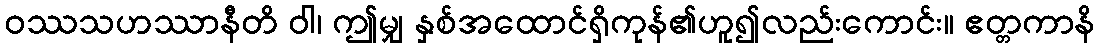
ဝဿသဟဿာနီတိ ဝါ၊ ဤမျှ နှစ်အထောင်ရှိကုန်၏ဟူ၍လည်းကောင်း။ ဧတ္တကာနိ